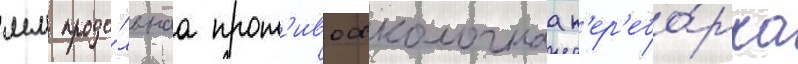
мм продо́льнаа прот'ивоосколочнаа п'ер'ебо́рка